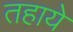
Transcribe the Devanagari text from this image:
तहाये